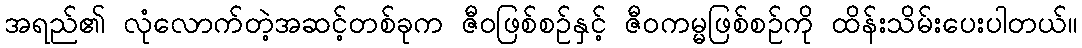
အရည်၏ လုံလောက်တဲ့အဆင့်တစ်ခုက ဇီဝဖြစ်စဉ်နှင့် ဇီဝကမ္မဖြစ်စဉ်ကို ထိန်းသိမ်းပေးပါတယ်။